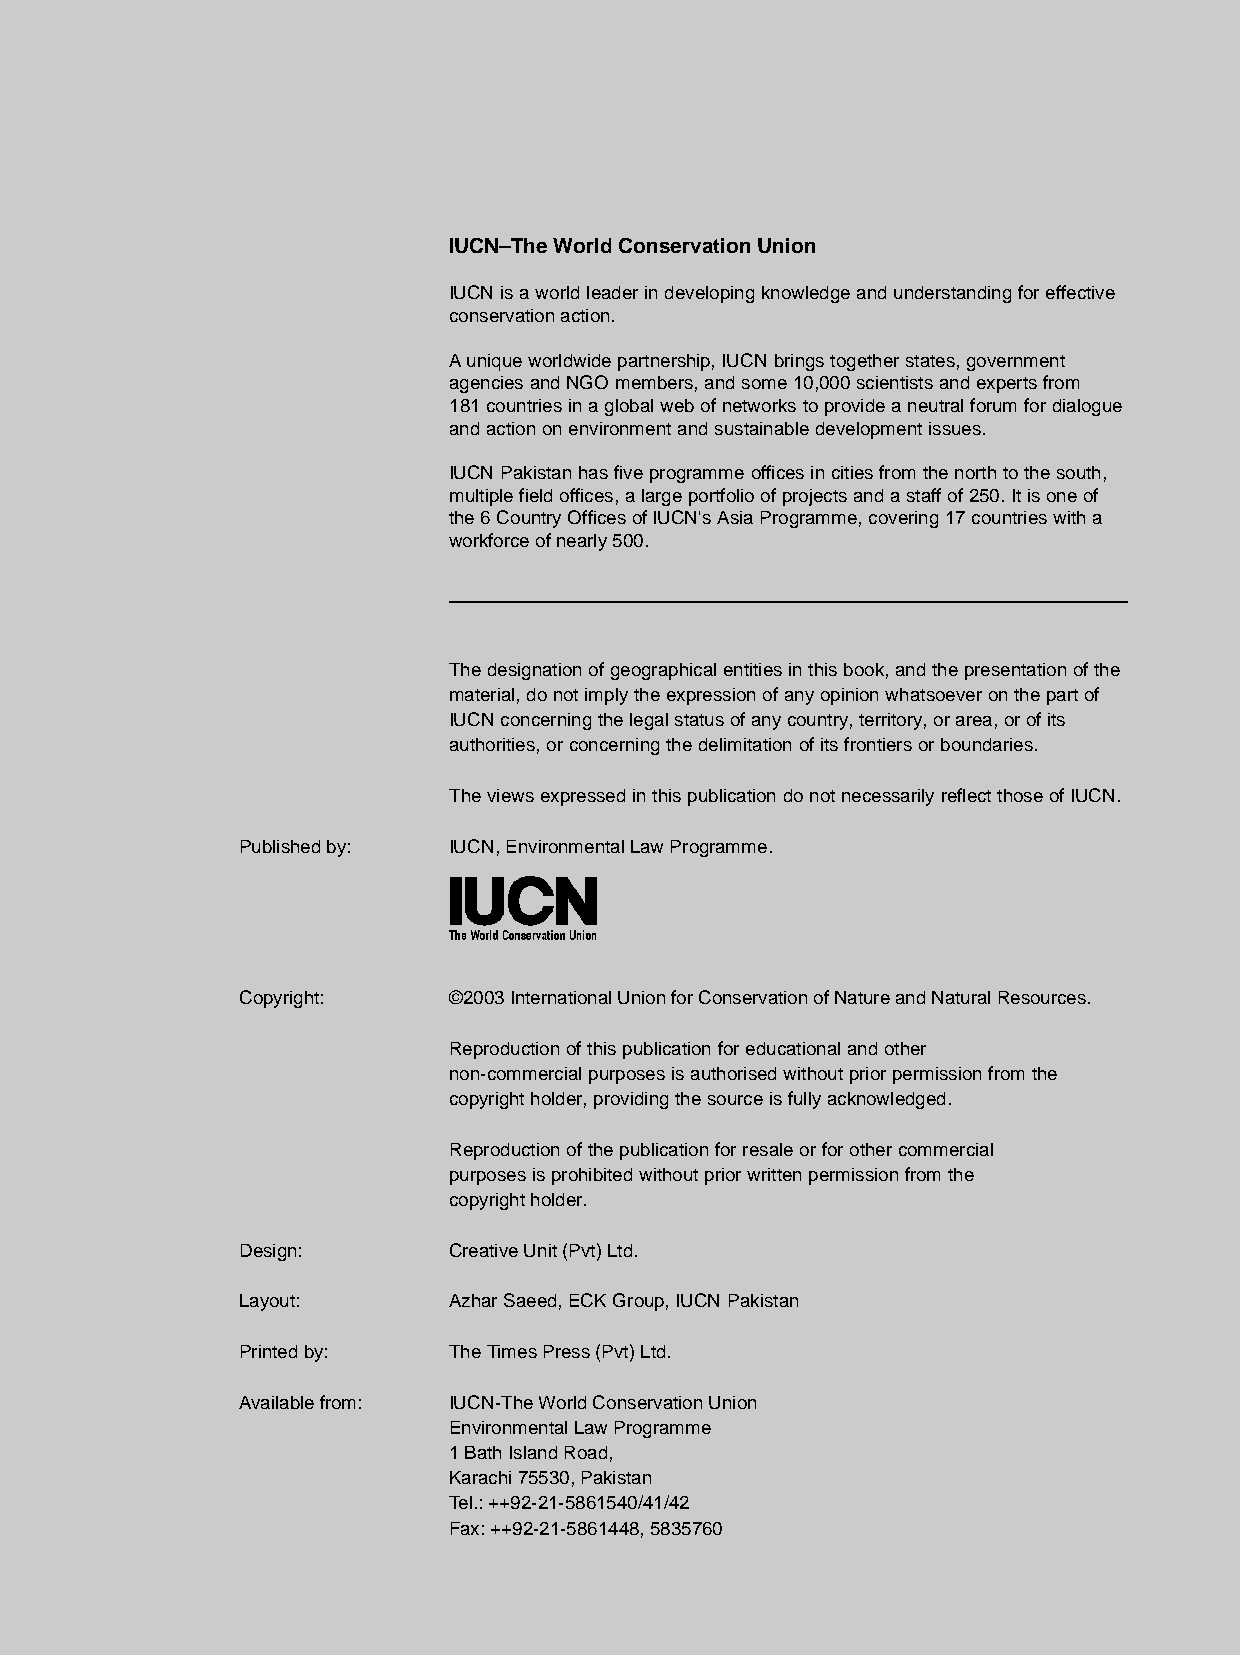
IUCN–The World Conservation Union
 IUCN is a world leader in developing knowledge and understanding for effective
 conservation action.
 Aunique worldwide partnership, IUCN brings together states, government
 agencies and NGO members, and some 10,000 scientists and experts from
 181 countries in a global web of networks to provide a neutral forum for dialogue
 and action on environment and sustainable development issues.
 IUCN Pakistan has five programme offices in cities from the north to the south,
 multiple field offices, a large portfolio of projects and a staff of 250. It is one of
 the 6 Country Offices of IUCN's Asia Programme, covering 17 countries with a
 workforce of nearly 500.
 The designation of geographical entities in this book, and the presentation of the
 material, do not imply the expression of any opinion whatsoever on the part of
 IUCN concerning the legal status of any country, territory, or area, or of its
 authorities, or concerning the delimitation of its frontiers or boundaries.
 The views expressed in this publication do not necessarily reflect those of IUCN.
 Published by: IUCN, Environmental Law Programme.
 Copyright:    ©2003 International Union for Conservation of Nature and Natural Resources.
 Reproduction of this publication for educational and other
 non-commercial purposes is authorised without prior permission from the
 copyright holder, providing the source is fully acknowledged.
 Reproduction of the publication for resale or for other commercial
 purposes is prohibited without prior written permission from the
 copyright holder.
 Design:       Creative Unit (Pvt) Ltd.
 Layout:       Azhar Saeed, ECK Group, IUCN Pakistan
 Printed by:   The Times Press (Pvt) Ltd.
 Available from: IUCN-The World Conservation Union
 Environmental Law Programme
 1 Bath Island Road,
 Karachi 75530, Pakistan
 Tel.: ++92-21-5861540/41/42
 Fax: ++92-21-5861448, 5835760